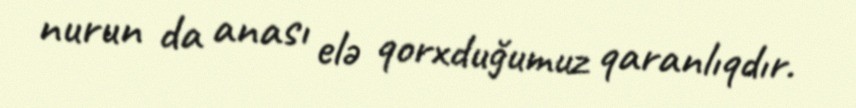
nurun da anası elə qorxduğumuz qaranlıqdır.